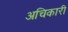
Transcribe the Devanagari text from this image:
अचिकारी